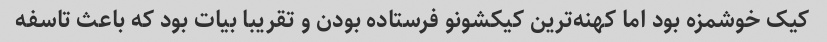
کیک خوشمزه بود اما کهنه‌ترین کیکشونو فرستاده بودن و تقریبا بیات بود که باعث تاسفه